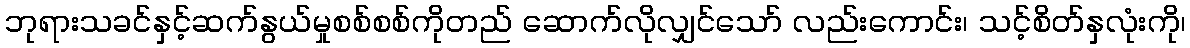
ဘုရားသခင်နှင့်ဆက်နွယ်မှုစစ်စစ်ကိုတည် ဆောက်လိုလျှင်သော် လည်းကောင်း၊ သင့်စိတ်နှလုံးကို၊